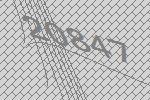
20847